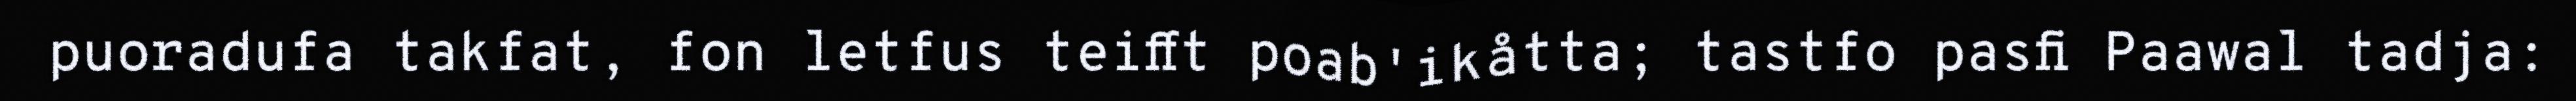
puoradufa takfat, fon letfus teifft poab'ikåtta; tastfo pasfi Paawal tadja: